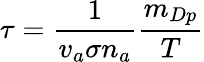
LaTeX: \tau=\frac{1}{v_{a}\sigma n_{a}}\frac{m_{Dp}}{T}